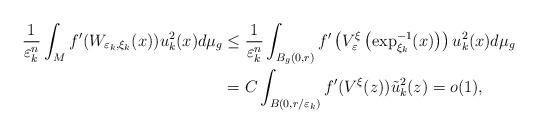
LaTeX: \begin{align*}\frac{1}{\varepsilon_{k}^{n}}\int_{M}f^{\prime}(W_{\varepsilon_{k},\xi_{k}}(x))u_{k}^{2}(x)d\mu_{g} & \leq\frac{1}{\varepsilon_{k}^{n}}\int_{B_{g}(0,r)}f^{\prime}\left( V_{\varepsilon}^{\xi}\left( \exp_{\xi_{k}}^{-1}(x)\right) \right) u_{k}^{2}(x)d\mu_{g}\\& =C\int_{B(0,r/\varepsilon_{k})}f^{\prime}(V^{\xi}(z))\tilde{u}_{k}^{2}(z)=o(1),\end{align*}